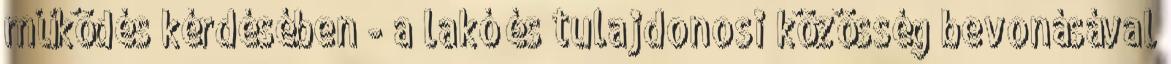
működés kérdésében - a lakó és tulajdonosi közösség bevonásával